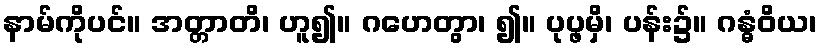
နာမ်ကိုပင်။ အတ္တာတိ၊ ဟူ၍။ ဂဟေတွာ၊ ၍။ ပုပ္ဖမှိ၊ ပန်း၌။ ဂန္ဓံဝိယ၊